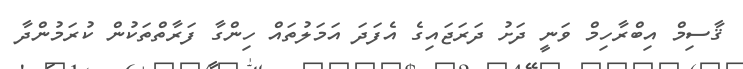
ޤާސިމް އިބްރާހިމް ވަނީ ދަށު ދަރަޖައިގެ އެފަދަ އަމަލުތައް ހިންގާ ފަރާތްތަކުން ކުރަމުންދާ